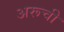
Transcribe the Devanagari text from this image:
अरूची